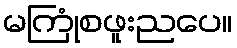
မကြုံစဖူးညပေ။